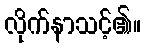
လိုက်နာသင့်၏။